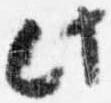
此